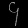
Digit: ၄